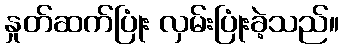
နှုတ်ဆက်ပြုံး လှမ်းပြုံးခဲ့သည်။